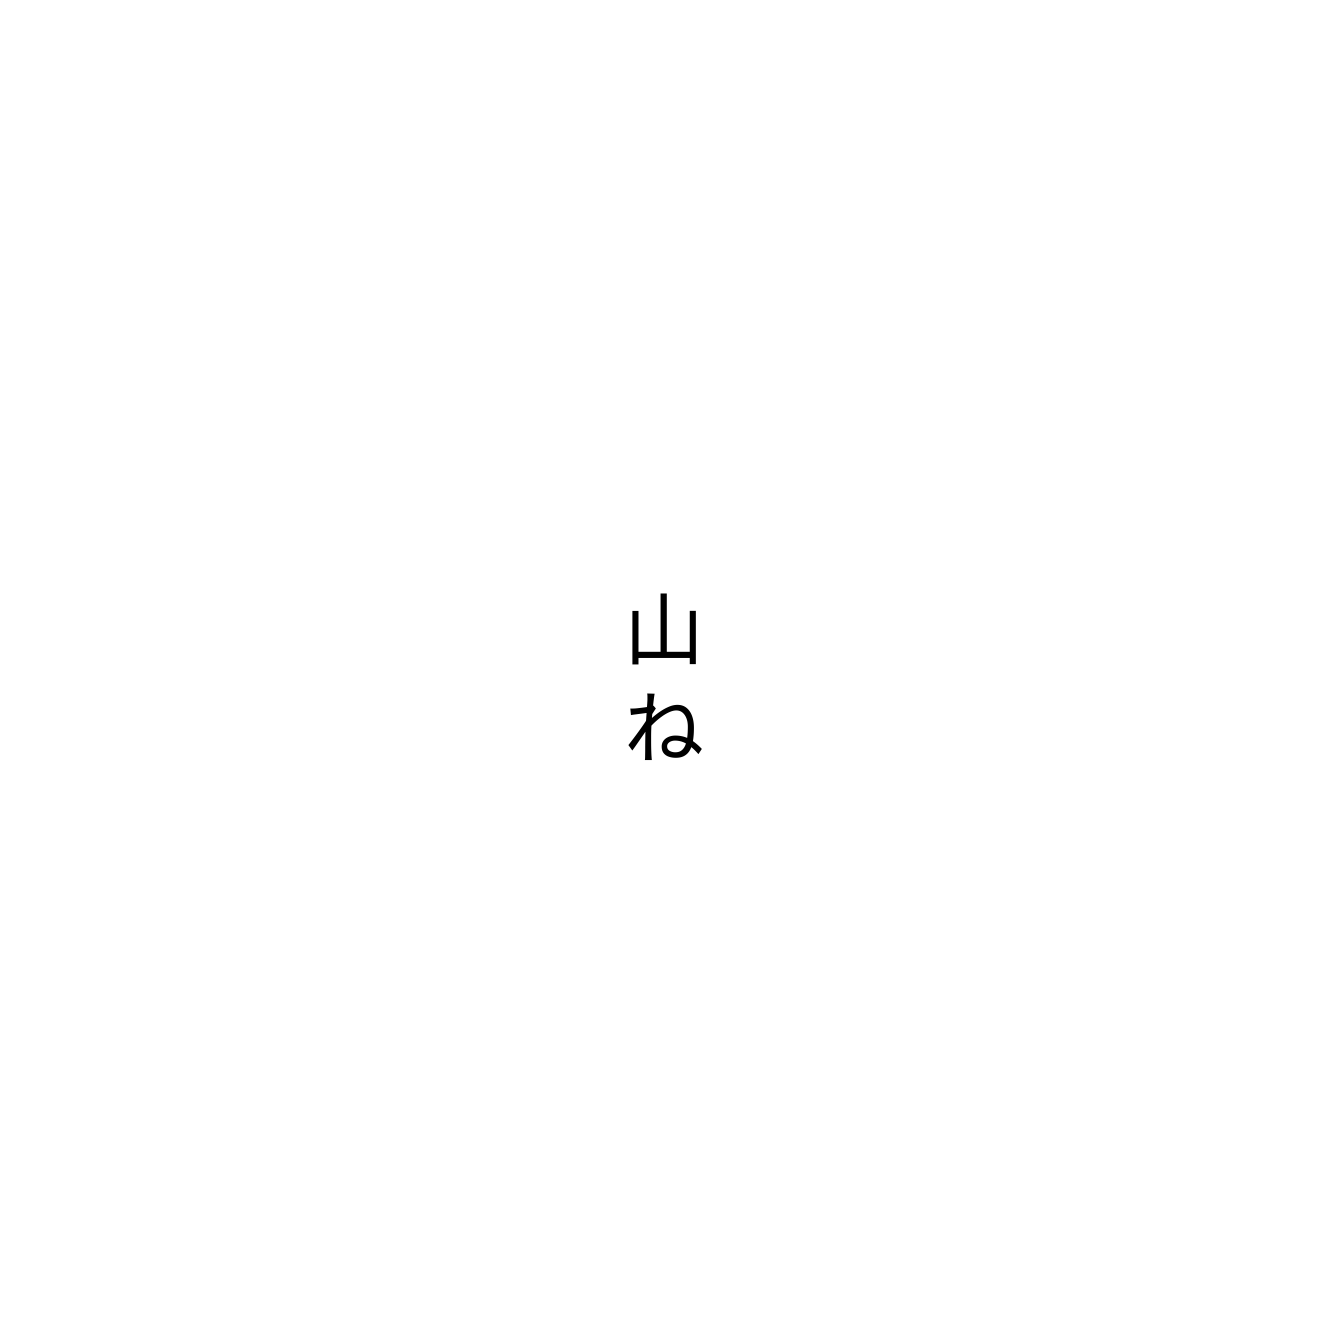
山ね